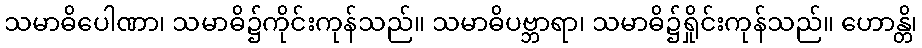
သမာဓိပေါဏာ၊ သမာဓိ၌ကိုင်းကုန်သည်။ သမာဓိပဗ္ဘာရာ၊ သမာဓိ၌ရှိုင်းကုန်သည်။ ဟောန္တိ၊